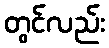
တွင်လည်း